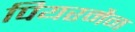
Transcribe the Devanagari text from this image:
पियरमैन